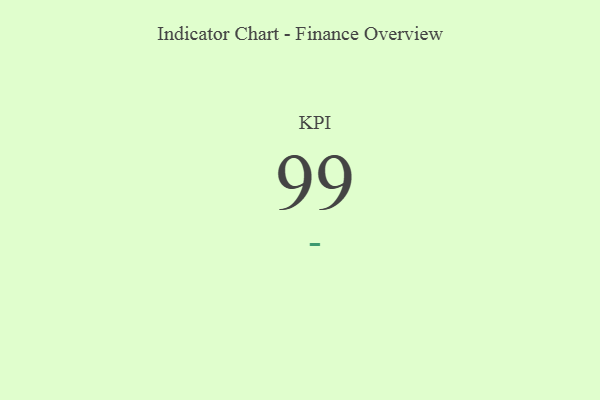
{"axis": {"x": "KPI", "y": "Value"}, "legend": [""], "data": [{"x": "KPI", "y": 99, "type": ""}]}